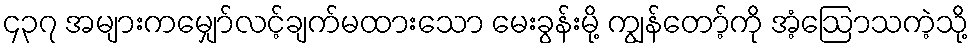
၄၃၇ အများကမျှော်လင့်ချက်မထားသော မေးခွန်းမို့ ကျွန်တော့်ကို အံ့ဩောသကဲ့သို့